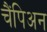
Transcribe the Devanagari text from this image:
चैंपिअन